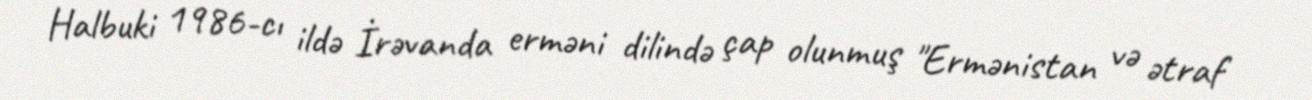
Halbuki 1986-cı ildə İrəvanda erməni dilində çap olunmuş "Ermənistan və ətraf